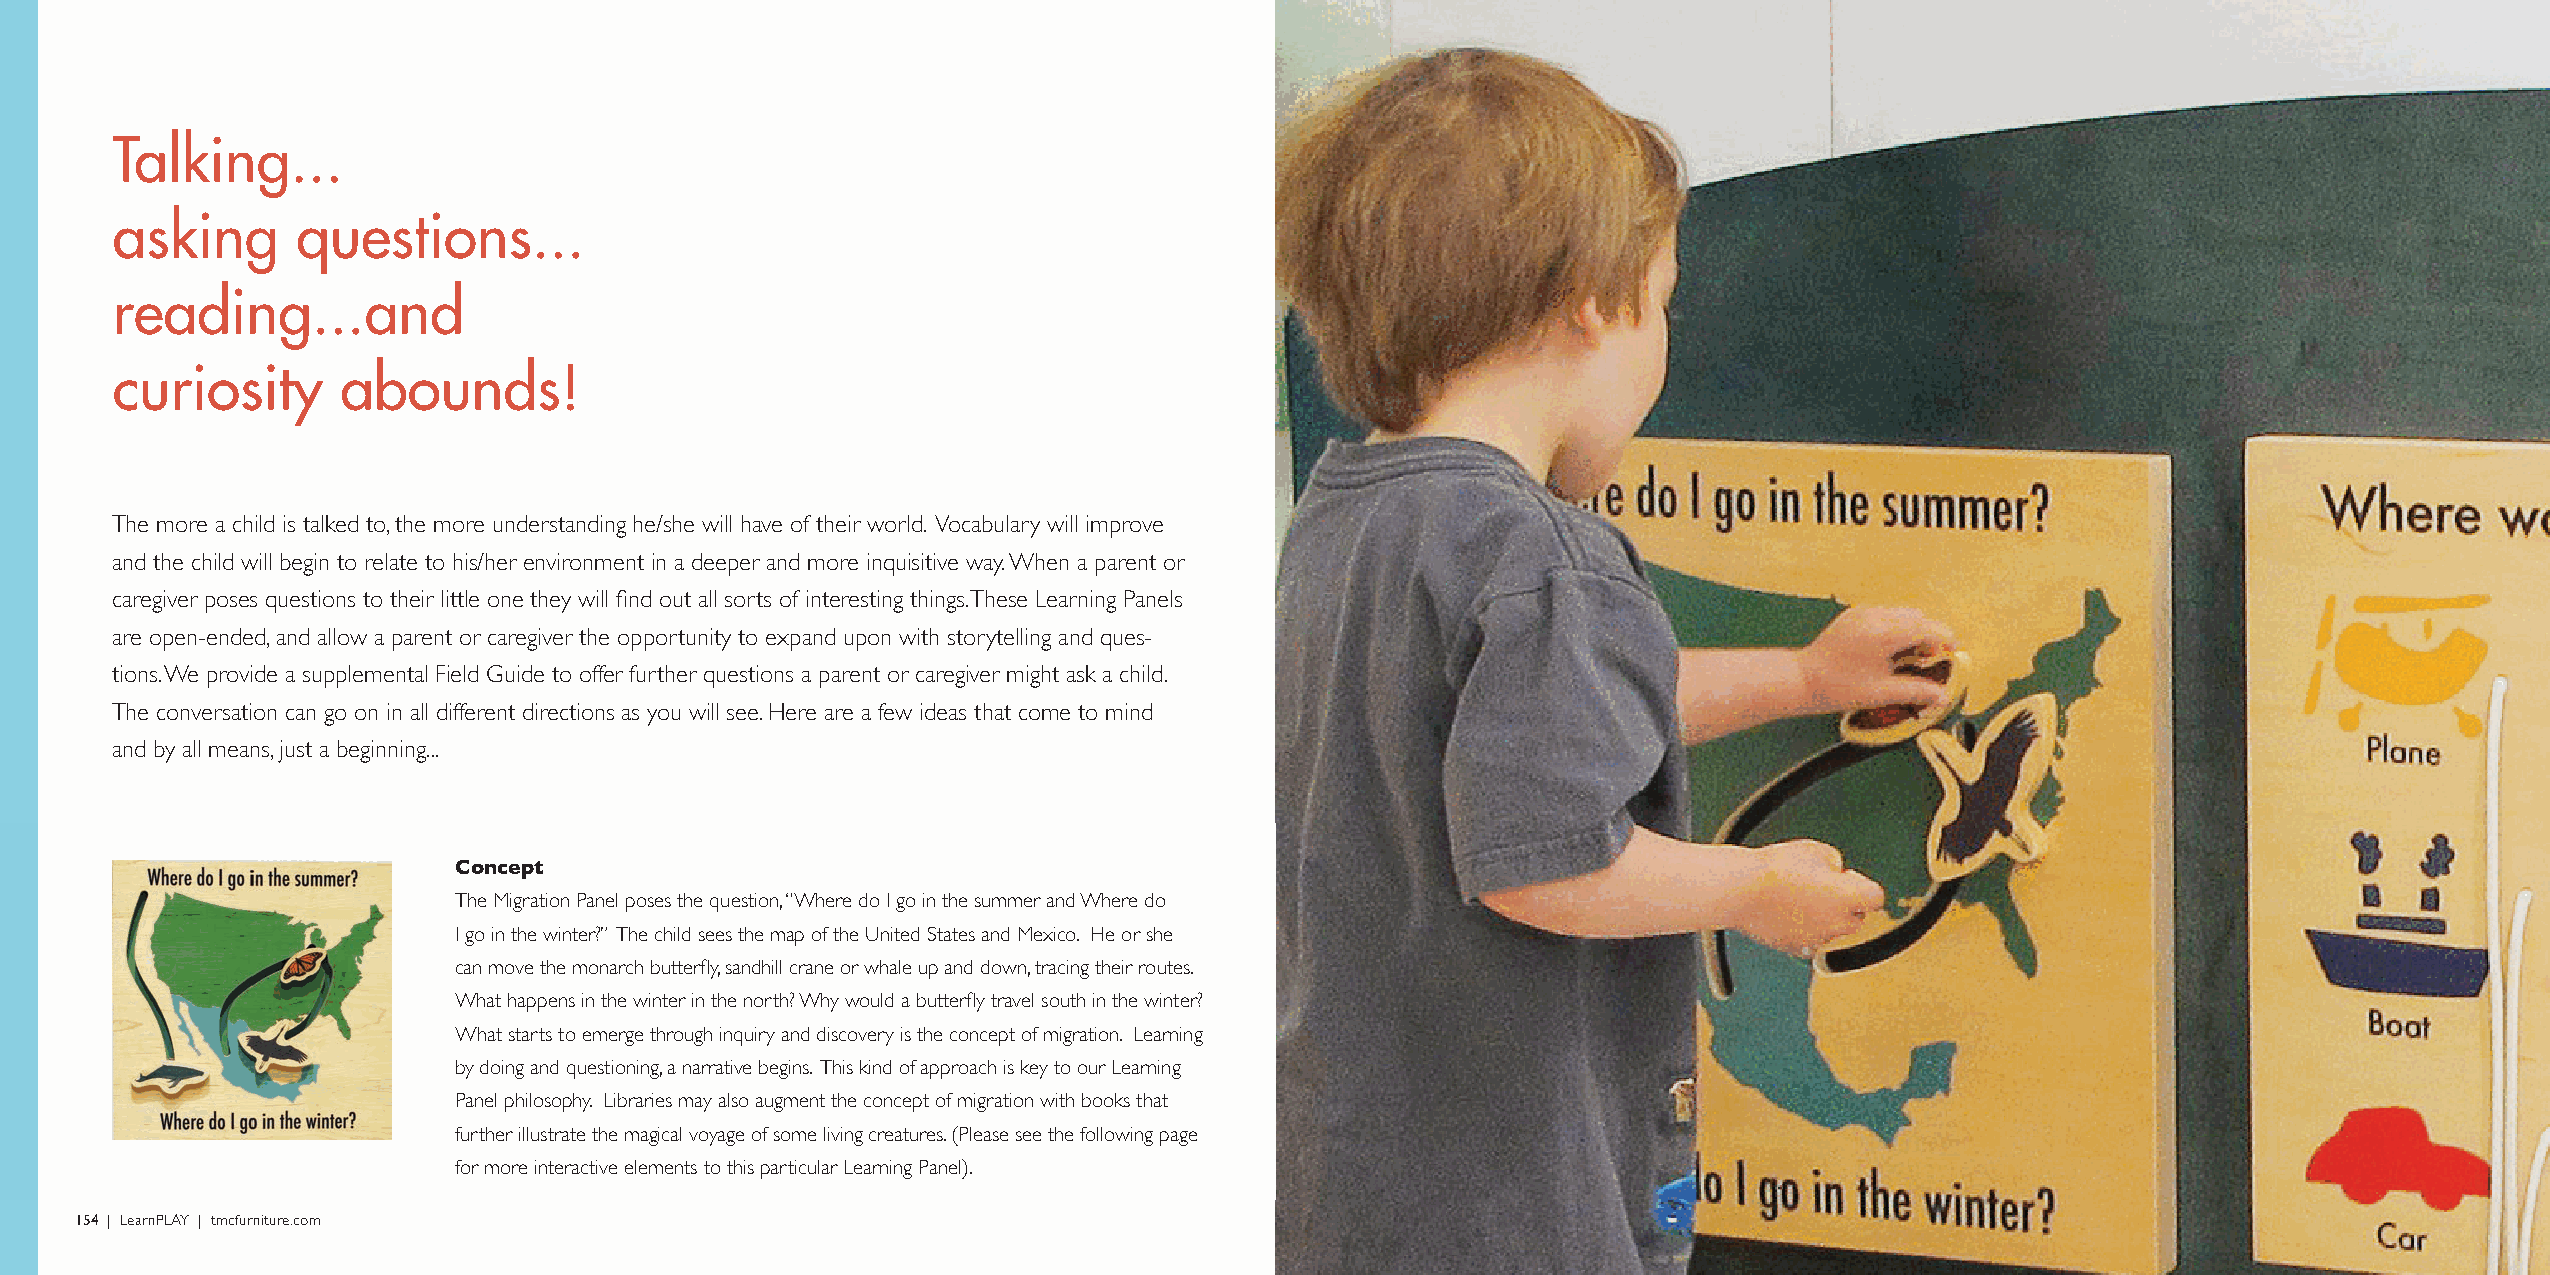
Talking...
 asking       questions...
 reading...and
 curiosity       abounds!
 The more a child is talked to, the more understanding he/she will have of their world. Vocabulary will improve
 and the child will begin to relate to his/her environment in a deeper and more inquisitive way. When a parent or
 caregiver poses questions to their little one they will find out all sorts of interesting things. These Learning Panels
 are open-ended, and allow a parent or caregiver the opportunity to expand upon with storytelling and ques-
 tions. We provide a supplemental Field Guide to offer further questions a parent or caregiver might ask a child.
 The conversation can go on in all different directions as you will see. Here are a few ideas that come to mind
 and by all means, just a beginning...
 Concept
 The Migration Panel poses the question, “Where do I go in the summer and Where do
 I go in the winter?” The child sees the map of the United States and Mexico. He or she
 can move the monarch butterfly, sandhill crane or whale up and down, tracing their routes.
 What happens in the winter in the north? Why would a butterfly travel south in the winter?
 What starts to emerge through inquiry and discovery is the concept of migration. Learning
 by doing and questioning, a narrative begins. This kind of approach is key to our Learning
 Panel philosophy. Libraries may also augment the concept of migration with books that
 further illustrate the magical voyage of some living creatures. (Please see the following page
 for more interactive elements to this particular Learning Panel).
 154 | LearnPLAY | tmcfurniture.com                                                                                                             LearnPLAY | tmcfurniture.com | 155